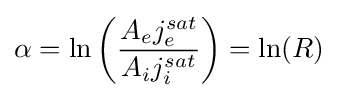
\alpha =\ln \left({\frac {A_{e}j_{e}^{sat}}{A_{i}j_{i}^{sat}}}\right)=\ln(R)